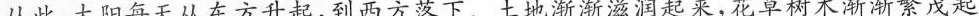
从此，太阳每天从东方升起，到西方落下。土地渐渐滋润起来，花草树木渐渐繁茂起